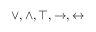
\vee , \wedge , \top , \rightarrow , \leftrightarrow